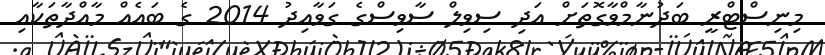
މިނިސްޓްރީ ބަދުނާމްވާގޮތަށް އަދި ސިވިލް ސާވިސްގެ ގަވާއިދު 2014 ގެ ބައެއް މާއްދާތަކާއި